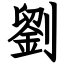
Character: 劉